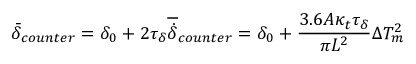
\bar { \delta } _ { c o u n t e r } = \delta _ { 0 } + 2 \tau _ { \delta } \overline { { \dot { \delta } } } _ { c o u n t e r } = \delta _ { 0 } + \frac { 3 . 6 A \kappa _ { t } \tau _ { \delta } } { \pi L ^ { 2 } } \Delta T _ { m } ^ { 2 }